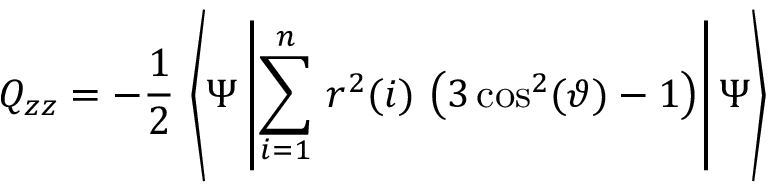
Q _ { z z } = - \frac { 1 } { 2 } \, \left< \Psi \left| \sum _ { i = 1 } ^ { n } \, r ^ { 2 } ( i ) \, \left( 3 \cos ^ { 2 } ( \vartheta ) - 1 \right) \right| \Psi \right>